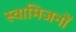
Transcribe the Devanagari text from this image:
स्वामिजनों